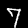
Digit: 7